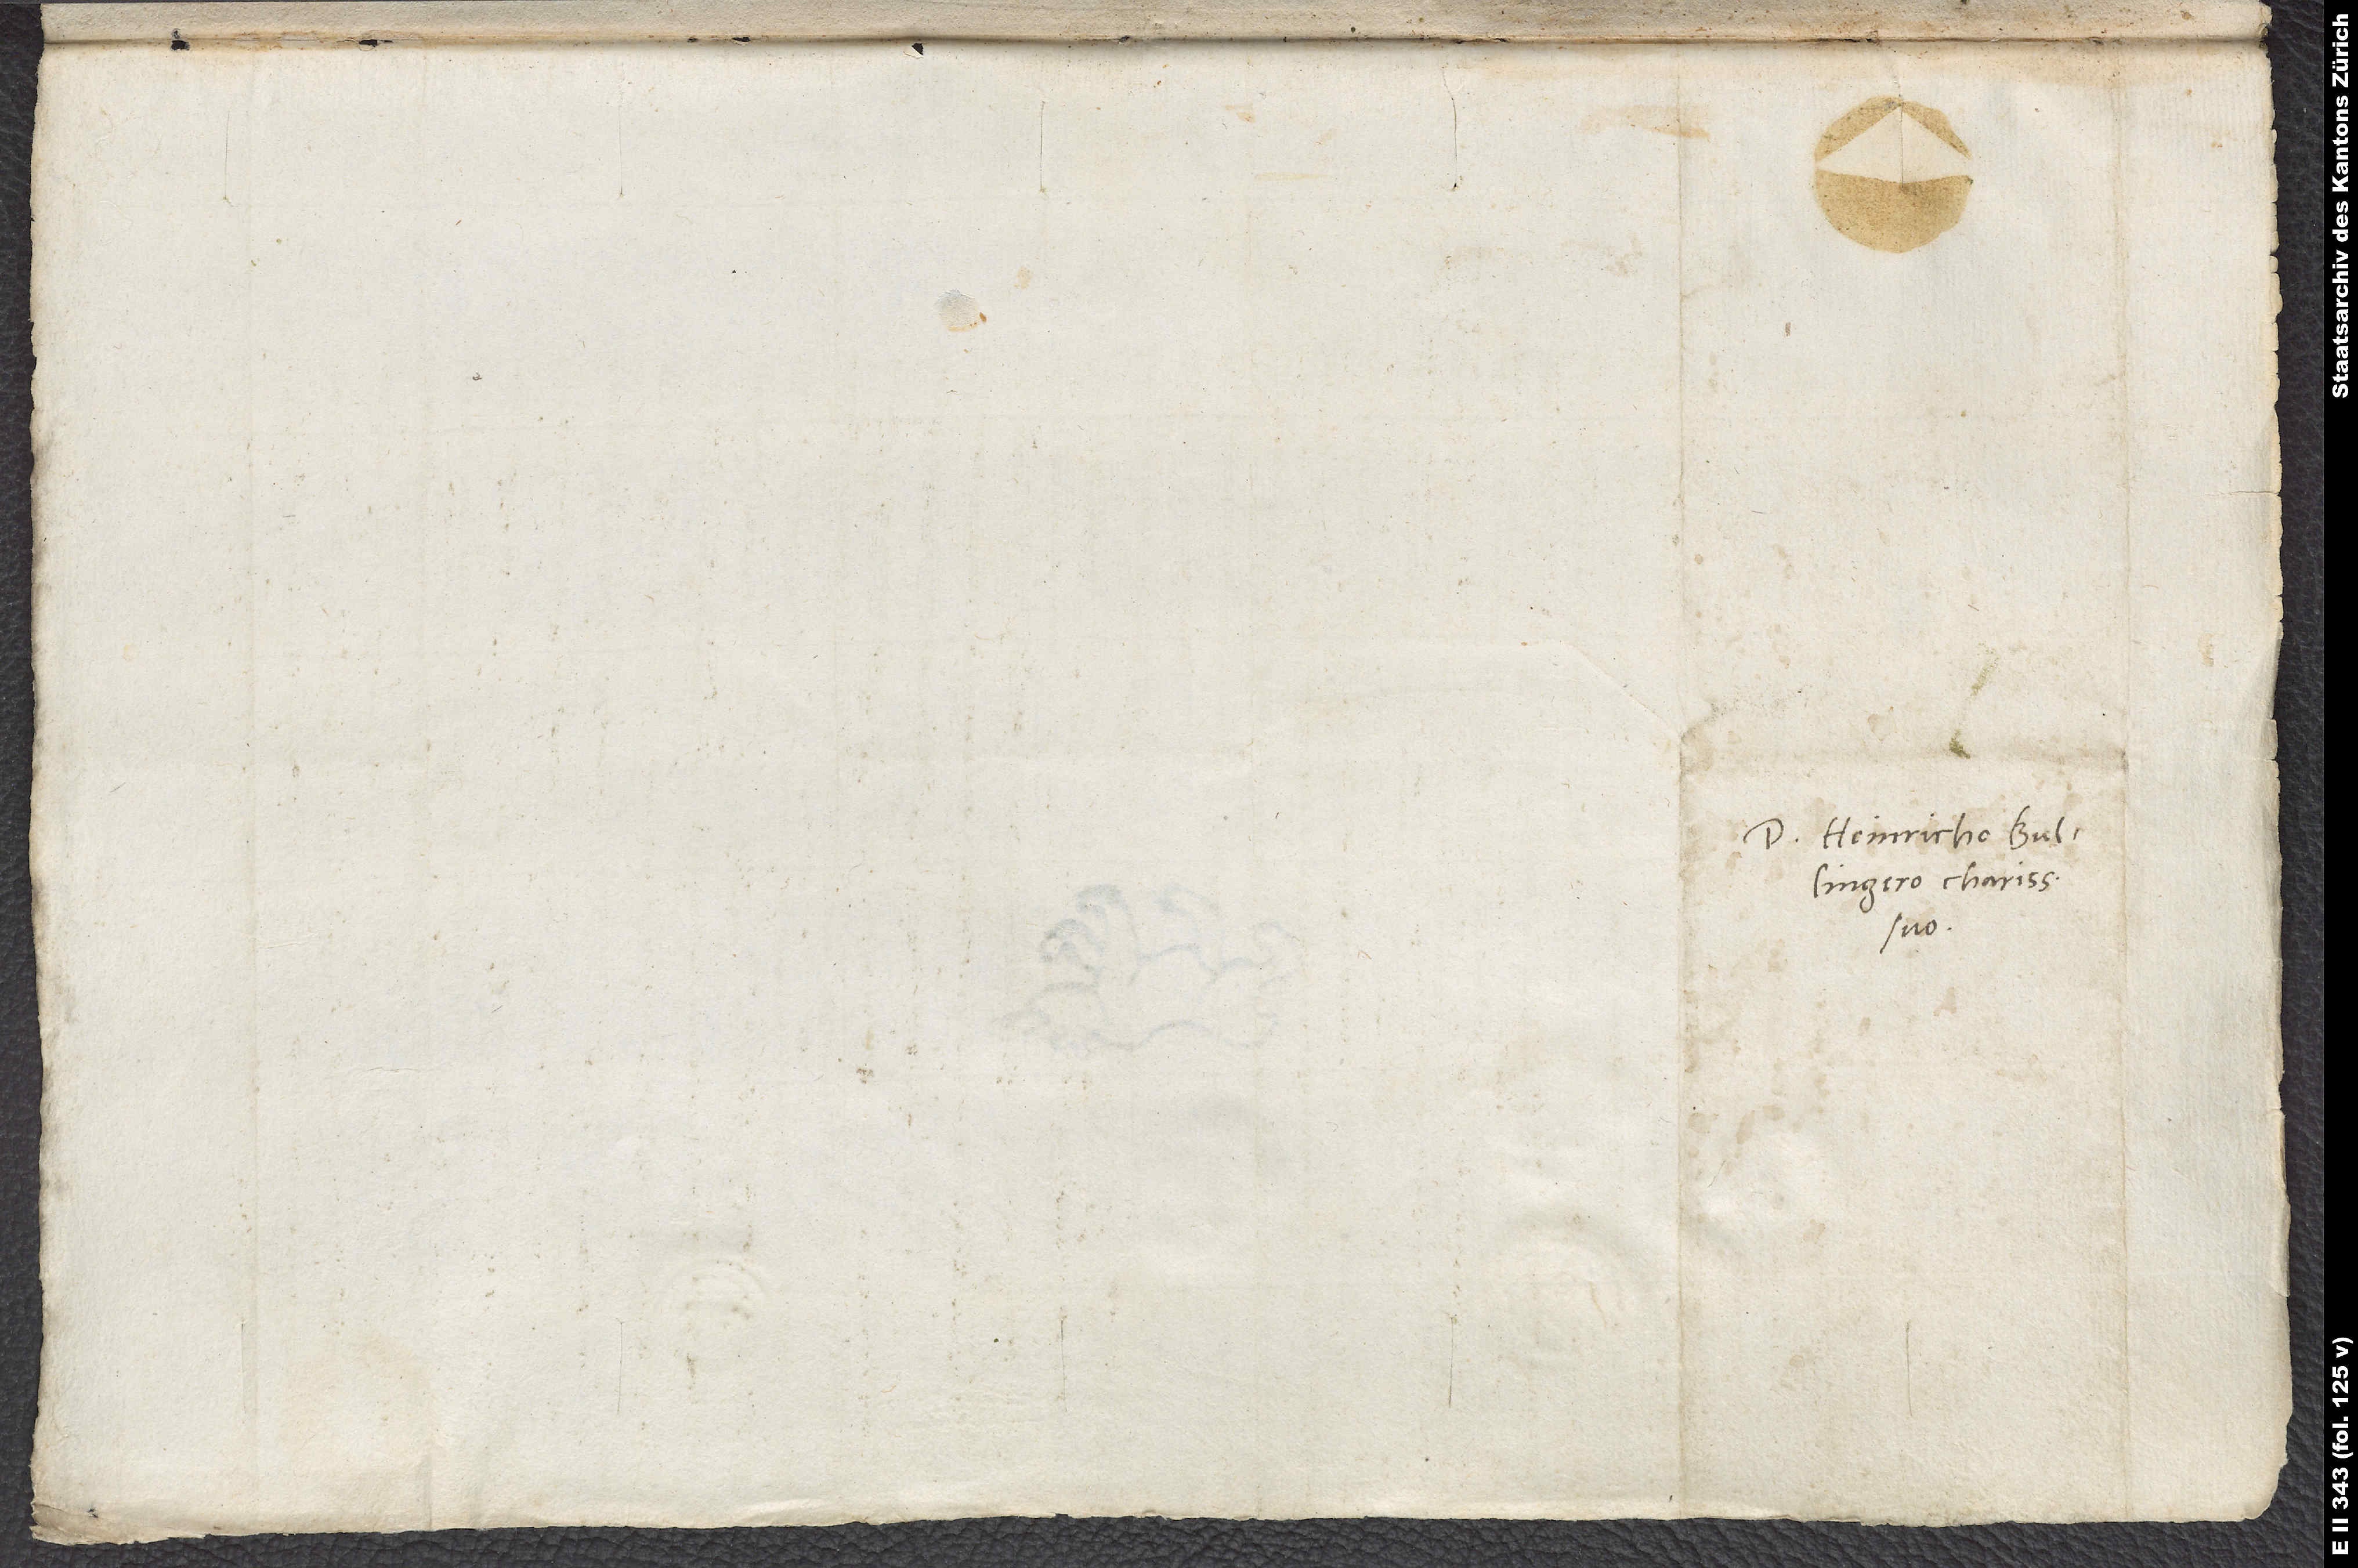
Domino Heinricho Bullingero
suo.